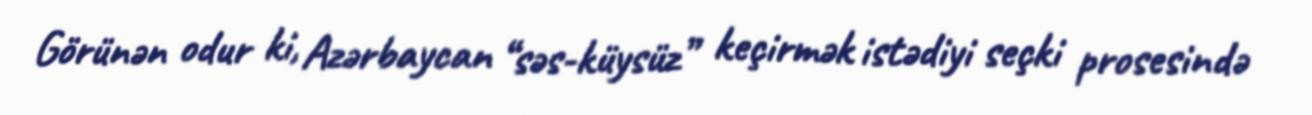
Görünən odur ki, Azərbaycan “səs-küysüz” keçirmək istədiyi seçki prosesində